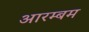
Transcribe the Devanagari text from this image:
आरम्बम